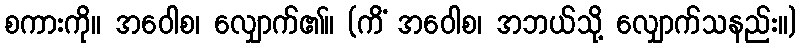
စကားကို။ အဝေါစ၊ လျှောက်၏။ (ကိံ အဝေါစ၊ အဘယ်သို့ လျှောက်သနည်း။)